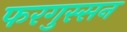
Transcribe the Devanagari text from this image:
फरगुस्सन